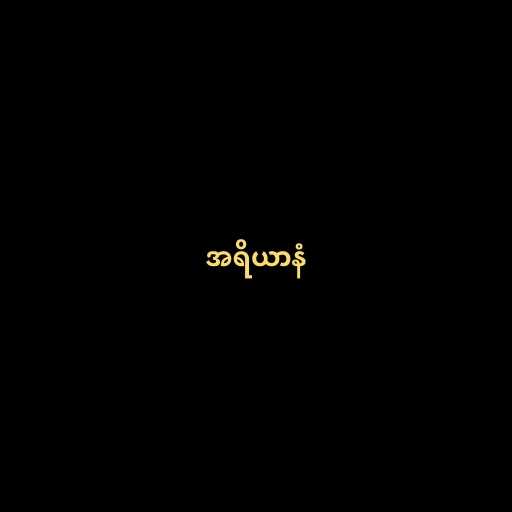
အရိယာနံ